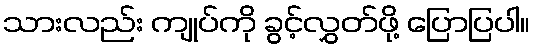
သားလည်း ကျုပ်ကို ခွင့်လွှတ်ဖို့ ပြောပြပါ။